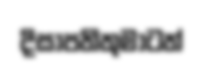
දිසාපතිතුමාටත්